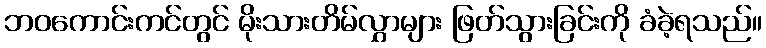
ဘဝကောင်းကင်တွင် မိုးသားတိမ်လွှာများ ဖြတ်သွားခြင်းကို ခံခဲ့ရသည်။